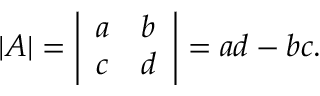
\begin{array} { r } { | A | = { \left| \begin{array} { l l } { a } & { b } \\ { c } & { d } \end{array} \right| } = a d - b c . } \end{array}